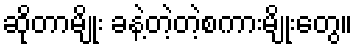
ဆိုတာမျိုး ခနဲ့တဲ့တဲ့စကားမျိုးတွေ။